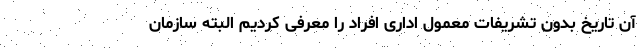
آن تاریخ بدون تشریفات معمول اداری افراد را معرفی کردیم البته سازمان